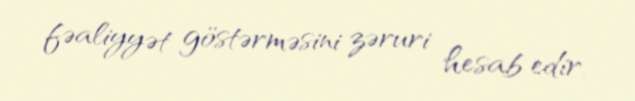
fəaliyyət göstərməsini zəruri hesab edir.